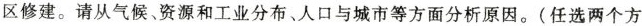
区修建。请从气候、资源和工业分布、人口与城市等方面分析原因。(任选两个方